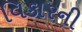
વિકારની